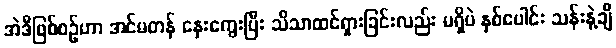
အဲဒီဖြစ်စဉ်ဟာ အင်မတန် နှေးကွေးပြီး သိသာထင်ရှားခြင်းလည်း မရှိပဲ နှစ်ပေါင်း သန်းနဲ့ချီ